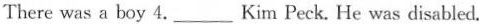
There was a boy 4.____ Kim Peck. He was disabled.